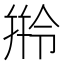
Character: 𬾺